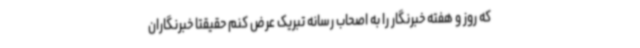
که روز و هفته خبرنگار را به اصحاب رسانه تبریک عرض کنم حقیقتا خبرنگاران